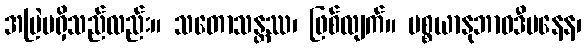
အမြဲမရှိသည်လည်း။ သတောသန္တဿ၊ ဖြစ်လျက်။ ပစ္စယာနုဘာဝဒီပနေန၊